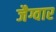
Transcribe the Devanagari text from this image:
जैग्वार